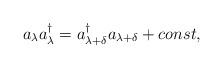
LaTeX: \begin{align*}a_{{\bf \lambda}} a^\dagger_{{\bf \lambda}} = a^\dagger_{{\bf \lambda} + {\bf \delta}} a_{{\bf \lambda} + {\bf \delta}} + const ,\end{align*}